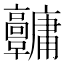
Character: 𩫱